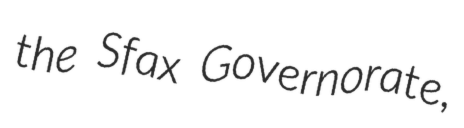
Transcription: the Sfax Governorate,